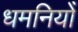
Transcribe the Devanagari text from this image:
धमनियोँ